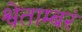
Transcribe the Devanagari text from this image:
श्वेताम्बरं